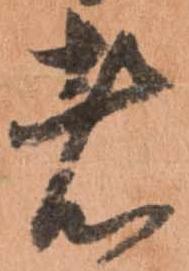
者